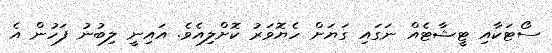
ސޯޓަކާއި ޓީޝާޓެއް ނަގައި ގަޔަށް ހެޔޮވަރު ކޮށްލިއެވެ. އައިނީ ލިބުނު ފަހުން އެ